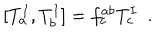
[ T _ { a } ^ { I } , T _ { b } ^ { I } ] = f _ { c } ^ { a b } T _ { c } ^ { I } \ \ .